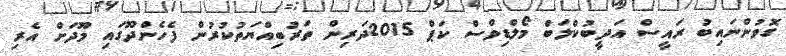
ގޮވުންނައިބު ރައީސް އަދީބުކްލަބް މޯލްޑިވްސް ކަޕް 2015ދަރިން ތަރުބިއްޔަތުކުރުން ފެހެންދޫގައި މޫދަށް އެރި